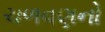
ચળવણનો